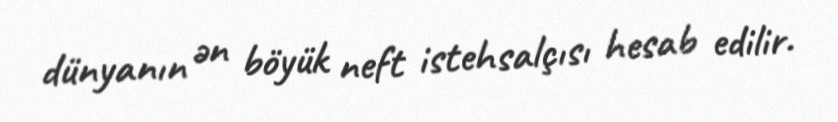
dünyanın ən böyük neft istehsalçısı hesab edilir.